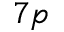
7 p